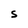
Character: s